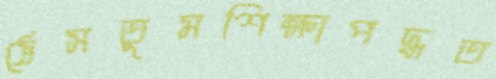
ঠেসতুমশিক্ষাপদ্ধত